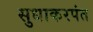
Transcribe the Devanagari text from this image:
सुधाकरपंत